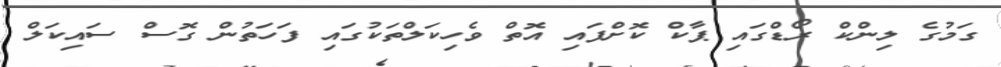
ގަމުގެ ލިންކް ރޯޑްގައި ޕާކް ކޮށްފައި އޮތް ވެހިކަލްތަކުގައި ފަހަތުން ގޮސް ސައިކަލް